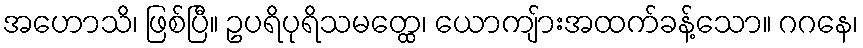
အဟောသိ၊ ဖြစ်ပြီ။ ဥပရိပုရိသမတ္ထေ၊ ယောကျ်ားအထက်ခန့်သော။ ဂဂနေ၊